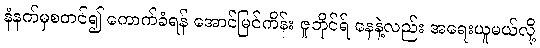
နံနက်မှစတင်၍ ကောက်ခံရန် အောင်မြင်ကိန်း ဇူဘိုင်ရ် နေနဲ့လည်း အရေးယူမယ်လို့